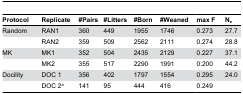
| Protocol | Replicate | #Pairs | #Litters | #Born | #Weaned | max F | Ne |
 | --- | --- | --- | --- | --- | --- | --- | --- |
 | Random | RAN1 | 360 | 449 | 1955 | 1746 | 0.273 | 27.7 |
 |  | RAN2 | 359 | 509 | 2562 | 2111 | 0.274 | 28.8 |
 | MK | MK1 | 352 | 504 | 2435 | 2129 | 0.227 | 37.1 |
 |  | MK2 | 355 | 517 | 2290 | 1991 | 0.200 | 44.2 |
 | Docility | DOC 1 | 356 | 402 | 1797 | 1554 | 0.295 | 24.0 |
 |  | DOC 2a | 141 | 95 | 444 | 416 | 0.249 |  |